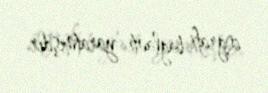
coğrafi bağlantı yaratmışdır.